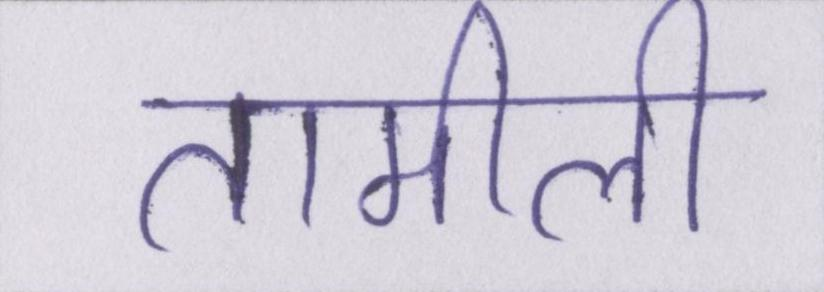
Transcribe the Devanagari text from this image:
तामीली